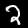
Digit: 2